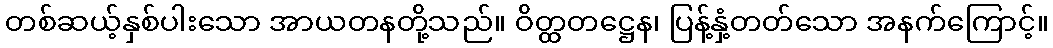
တစ်ဆယ့်နှစ်ပါးသော အာယတနတို့သည်။ ဝိတ္ထတဋ္ဌေန၊ ပြန့်နှံ့တတ်သော အနက်ကြောင့်။